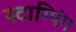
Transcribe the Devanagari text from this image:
स्टाम्पिंग